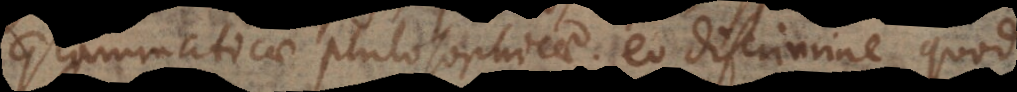
Grammaticae philosophicae; eo discrimine, quod